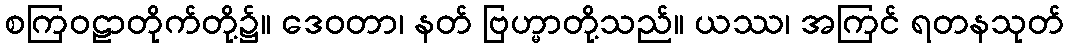
စကြဝဠာတိုက်တို့၌။ ဒေဝတာ၊ နတ် ဗြဟ္မာတို့သည်။ ယဿ၊ အကြင် ရတနသုတ်